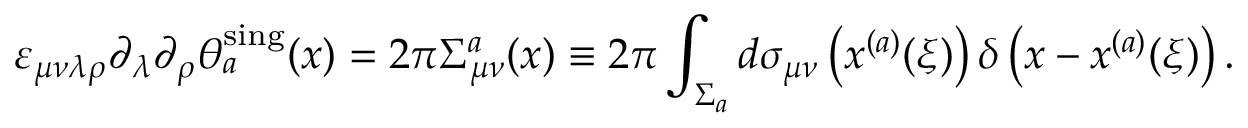
\varepsilon _ { \mu \nu \lambda \rho } \partial _ { \lambda } \partial _ { \rho } \theta _ { a } ^ { \mathrm { s i n g } } ( x ) = 2 \pi \Sigma _ { \mu \nu } ^ { a } ( x ) \equiv 2 \pi \int _ { \Sigma _ { a } } ^ { } d \sigma _ { \mu \nu } \left( x ^ { ( a ) } ( \xi ) \right) \delta \left( x - x ^ { ( a ) } ( \xi ) \right) .